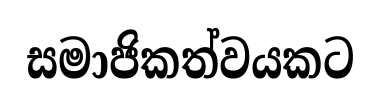
සමාජිකත්වයකට